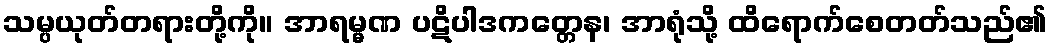
သမ္ပယုတ်တရားတို့ကို။ အာရမ္မဏ ပဋိပါဒကတ္တေန၊ အာရုံသို့ ထိရောက်စေတတ်သည်၏